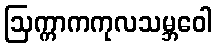
ဩက္ကာကကုလသမ္ဘဝေါ